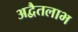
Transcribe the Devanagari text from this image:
अद्वैतलाभ